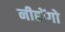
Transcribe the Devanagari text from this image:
नीहोंगो